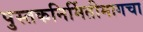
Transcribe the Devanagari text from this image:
पुस्तकनिर्मितीमागचा